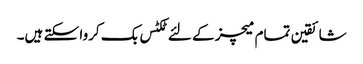
شائقین تمام میچز کے لئے ٹکٹس بک کروا سکتے ہیں۔